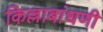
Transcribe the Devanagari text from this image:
किल्लाबांधणी